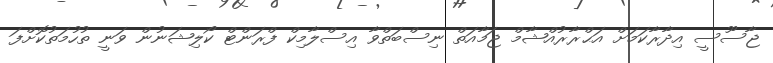
ޖާސޫސީ އިދާރާކަމަށް އަޙްރާރުއްޝާމް ޖަމާއަތް ނިސްބަތްވާ އިސްލާމިކް ފްރަންޓް ކޯލިޝަނުން ވަނީ ތުހުމަތުކޮށްފަ